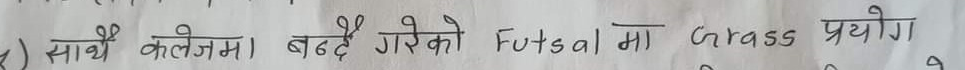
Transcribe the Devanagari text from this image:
साथै कलेजमा बन्दै गरेको Futsal मा Grass प्रयोग